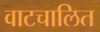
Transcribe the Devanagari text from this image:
वाटचालित